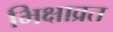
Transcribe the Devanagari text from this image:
भिक्षाव्रत